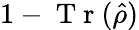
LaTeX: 1-\mathrm{~T~r~}(\hat{\rho})